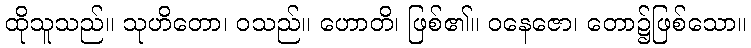
ထိုသူသည်။ သုဟိတော၊ ဝသည်။ ဟောတိ၊ ဖြစ်၏။ ဝနေဇော၊ တော၌ဖြစ်သော။